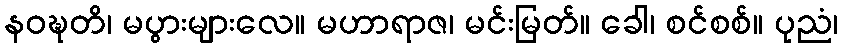
နဝဍ္ဎတိ၊ မပွားများလေ။ မဟာရာဇ၊ မင်းမြတ်။ ခေါ၊ စင်စစ်။ ပုညံ၊